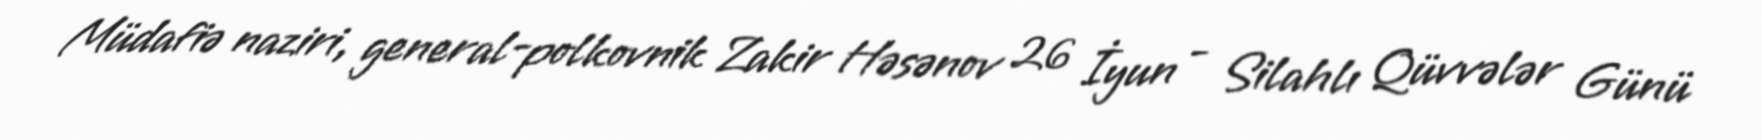
Müdafiə naziri, general-polkovnik Zakir Həsənov 26 İyun - Silahlı Qüvvələr Günü